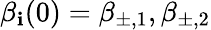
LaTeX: \beta_{\mathbf{i}}(0)=\beta_{\pm,1},\beta_{\pm,2}